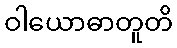
ဝါယောဓာတူတိ